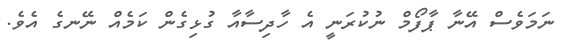
ނަމަވެސް އޭނާ ޕާފޯމް ނުކުރަނީ އެ ހާދިސާއާ ގުޅިގެން ކަމެއް ނޭނގެ އެވެ.